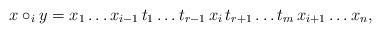
LaTeX: \begin{align*} x \circ_i y = x_1 \dots x_{i - 1} \, t_1 \dots t_{r - 1} \, x_i \, t_{r + 1} \dots t_m \, x_{i + 1} \dots x_n, \end{align*}